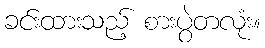
ခင်းထားသည့် စားပွဲတလုံး။